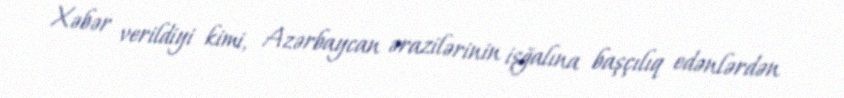
Xəbər verildiyi kimi, Azərbaycan ərazilərinin işğalına başçılıq edənlərdən